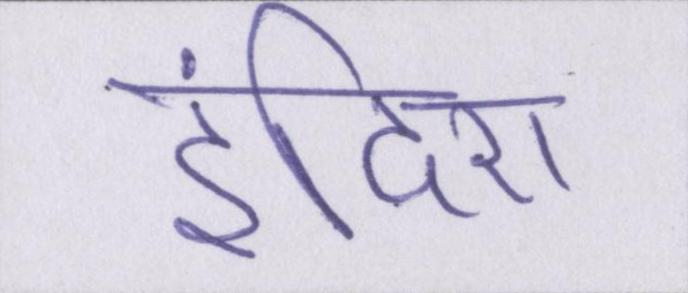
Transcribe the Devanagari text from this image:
इंदिरा